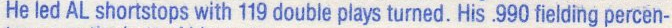
He led AL shortstops with 119 double plays turned. His .990 fielding percen-